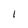
Character: 1